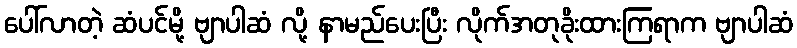
ပေါ်လာတဲ့ ဆံပင်မို့ ဗျာပါဆံ လို့ နာမည်ပေးပြီး လိုက်အတုခိုးထားကြရာက ဗျာပါဆံ